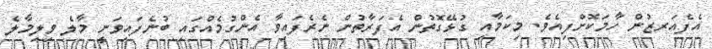
އެފެއަރޒުން ހާމަކޮށްފިއެވެ. މިކަމާއި ގުޅޭގޮތުން އެފަރާތުން ނެރެފައިވާ އެންގުމެއްގައި ބުނެފައިވަނީ މާލެ ވިލިމާލެ